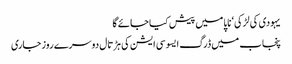
یہودی کی لڑکی‘ ناپا میں پیش کیا جائے گا
پنجاب میں ڈرگ ایسوسی ایشن کی ہڑتال دوسرے روز جاری